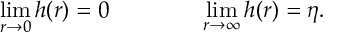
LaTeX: \operatorname * { l i m } _ { r \rightarrow 0 } h ( r ) = 0 \qquad \qquad \operatorname * { l i m } _ { r \rightarrow \infty } h ( r ) = \eta .